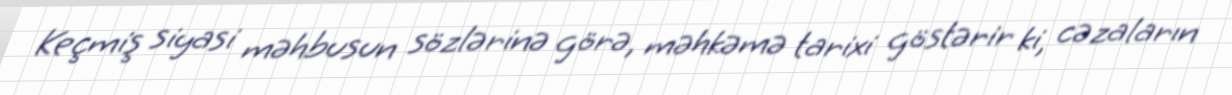
Keçmiş siyasi məhbusun sözlərinə görə, məhkəmə tarixi göstərir ki, cəzaların